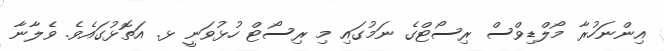
އިންނަހުރާ މޯލްޑިވްސް ރިސޯޓްގެ ނަމުގައި މި ރިސޯޓް ހުޅުވަނީ ޅ. އަތޮޅުގައެވެ. ވެލާނާ